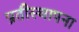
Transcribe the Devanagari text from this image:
प्रतीस्थापना